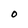
Character: O